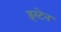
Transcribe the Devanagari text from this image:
इस्टेन